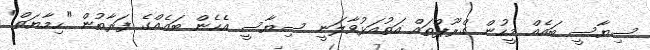
ސިޔާސީ ބައެއް މީހުން ގްރޫޕްތައް އަތުއަޅުވާލަނީ ސިޔާސީ އެހެން ބައެއްގެ ފަރާތުން "ހިމާޔަތް"